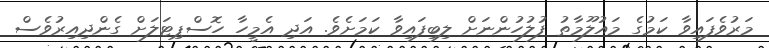
މަރުވެފައިވާ ކަމުގެ މައުލޫމާތު ފުލުހުންނަށް ލިބިފައިވާ ކަމަށެވެ. އަދި އެމީހާ ހޮސްޕިޓަލަށް ގެންދިއިރުވެސް